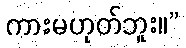
ကားမဟုတ်ဘူး။”